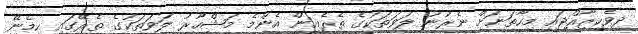
ދިވެހިރާއްޖައި މިހާތަނަށް ނެރުނު ލަވަތަކުގެ ތެރެއިން އެންމެ މަޝްހޫރު ލަވަތަކުގެ ތެރޭގައި ހިމެނޭ